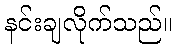
နင်းချလိုက်သည်။